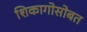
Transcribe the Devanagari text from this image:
शिकागोसोबत